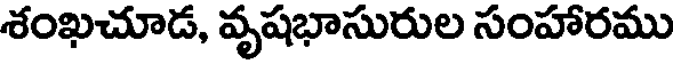
శంఖచూడ, వృషభాసురుల సంహారము